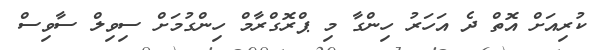
ކުރިއަށް އޮތް ދެ އަހަރު ހިންގާ މި ޕްރޮގްރާމް ހިންގުމަށް ސިވިލް ސާވިސް